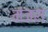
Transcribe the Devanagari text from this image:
मंजरा